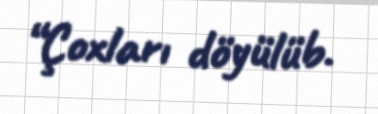
“Çoxları döyülüb.